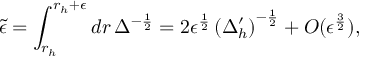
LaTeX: { \tilde { \epsilon } } = \int _ { r _ { h } } ^ { r _ { h } + \epsilon } d r \, \Delta ^ { - \frac { 1 } { 2 } } = 2 \epsilon ^ { \frac { 1 } { 2 } } \left( \Delta _ { h } ^ { \prime } \right) ^ { - \frac { 1 } { 2 } } + O ( \epsilon ^ { \frac { 3 } { 2 } } ) ,